Civil Veterinary Department. Madras. Admin. report 1926-33 - 1926-1933
Year: 1926
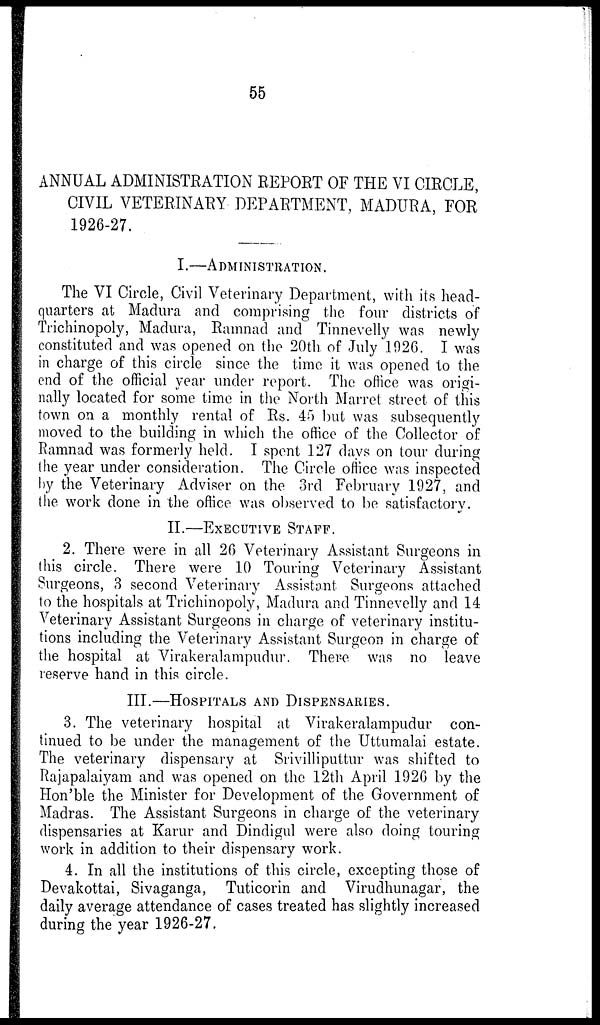
55
ANNUAL ADMINISTRATION REPORT OF THE VI CIRCLE,
CIVIL VETERINARY DEPARTMENT, MADURA, FOR
1926-27.
I.—ADMINISTRATION.
The VI Circle, Civil Veterinary Department, with its head-
quarters at Madura and comprising the four districts of
Trichinopoly, Madura, Ramnad and Tinnevelly was newly
constituted and was opened on the 20th. of July 1926. I was
in charge of this circle since the time it was opened to the
end of the official year under report. The office was origi-
nally located for some time in the North Marret street of this
town on a monthly rental of Rs. 45 but was subsequently
moved to the building in which the office of the Collector of
Ramnad was formerly held. I spent 127 days on tour during
the year under consideration. The Circle office was inspected
by the Veterinary Adviser on the 3rd February 1927, and
the work done in the office was observed to be satisfactory.
II.—EXECUTIVE STAFF.
2. There were in all 26 Veterinary Assistant Surgeons in
this circle. There were 10 Touring Veterinary Assistant
Surgeons, 3 second Veterinary Assistant Surgeons attached
to the hospitals at Trichinopoly, Madura and Tinnevelly and 14
Veterinary Assistant Surgeons in charge of veterinary institu-
tions including the Veterinary Assistant Surgeon in charge of
the hospital at Virakeralampudur. There was no leave
reserve hand in this circle.
III.—HOSPITALS AND DISPENSARIES.
3. The veterinary hospital at Virakeralampudur con-
tinued to be under the management of the Uttumalai estate.
The veterinary dispensary at Srivilliputtur was shifted to
Rajapalaiyam and was opened on the 12th April 1926 by the
Hon'ble the Minister for Development of the Government of
Madras. The Assistant Surgeons in charge of the veterinary
dispensaries at Karur and Dindigul were also doing touring
work in addition to their dispensary work.
4. In all the institutions of this circle, excepting those of
Devakottai, Sivaganga, Tuticorin and Virudhunagar, the
daily average attendance of cases treated has slightly increased
during the year 1926-27.